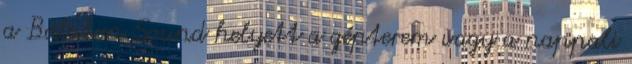
a Balaton Sound helyett a gépterem vagy a nappali